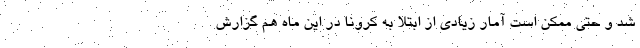
شد و حتی ممکن است آمار زیادی از ابتلا به کرونا در این ماه هم گزارش